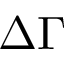
\Delta \Gamma